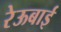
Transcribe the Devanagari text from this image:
रेऊबाई